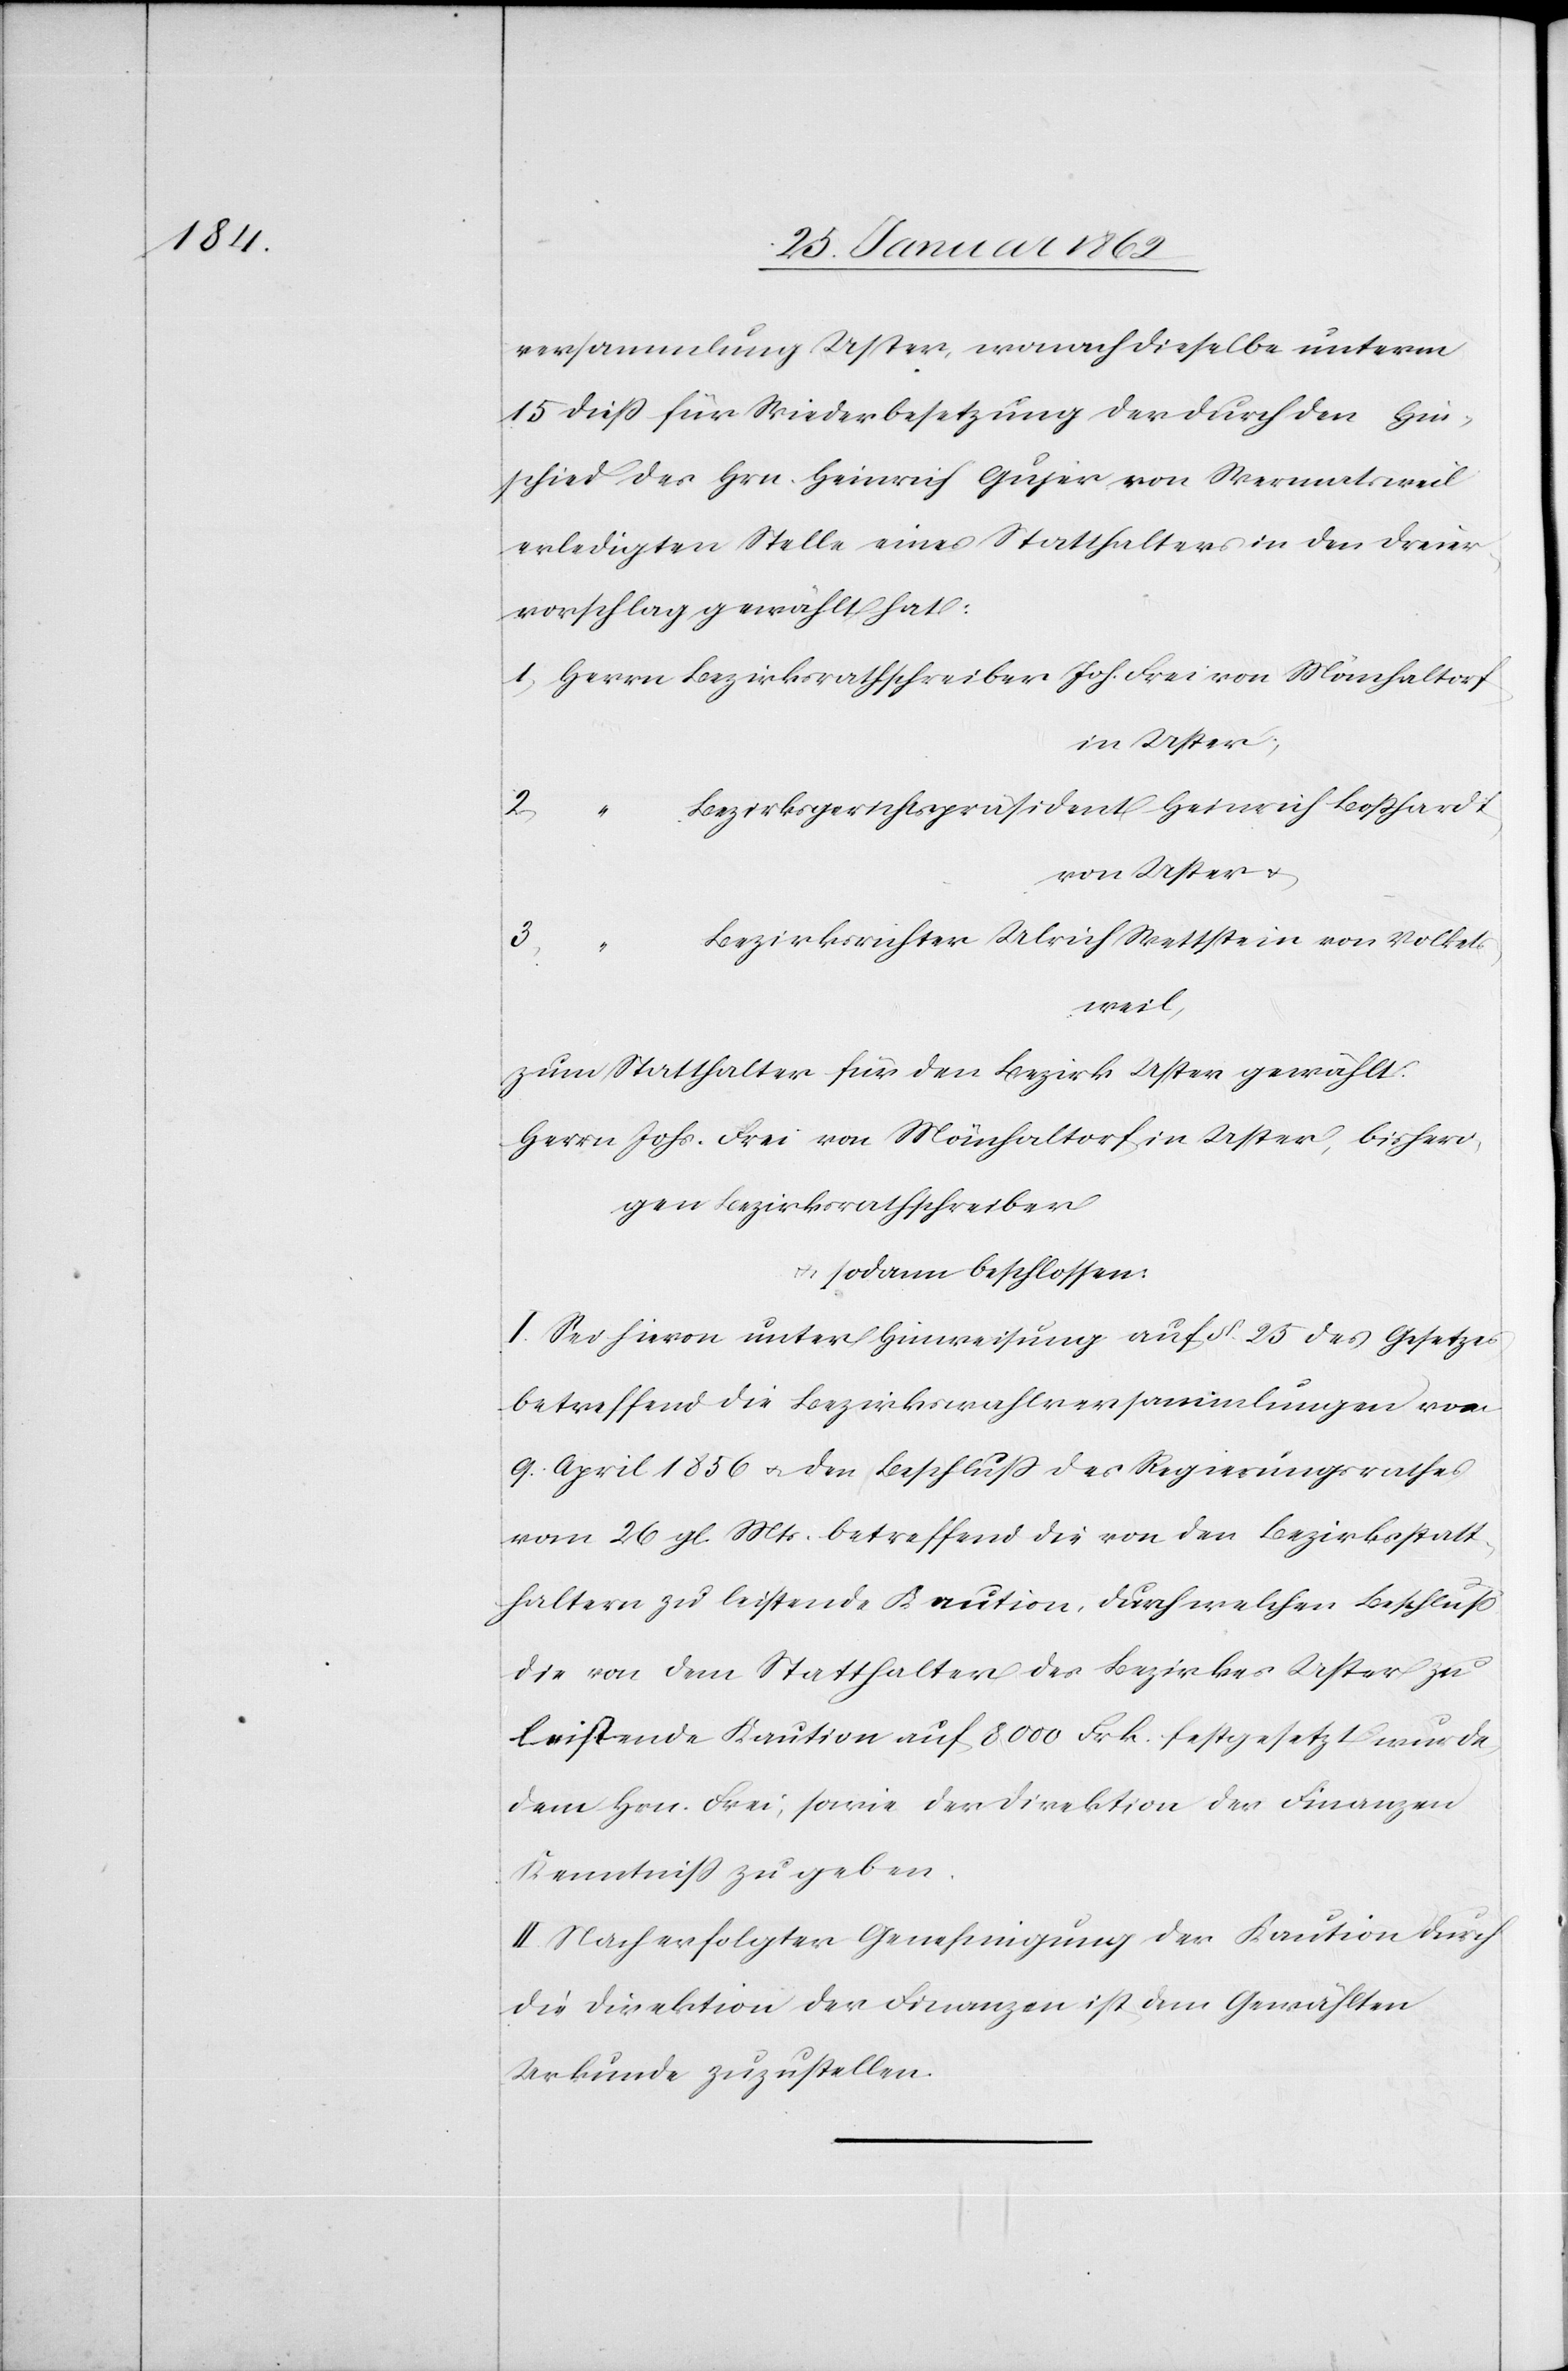
versammlung Uster, wonach dieselbe unterm
15 dieß für Wiederbesetzung der durch den Hin¬
schied des Hrn. Heinrich Gujer von Wermatsweil
erledigten Stelle eines Statthalters in den Dreier¬
vorschlag gewählt hat:
1) Herrn Bezirksrathschreiber Joh. Frei von Mönchaltorf
in Uster;
Bezirksgerichtspräsident Heinrich Boßhardt
von Uster u.
Bezirksrichter Ulrich Wettstein von Volket¬
sweil,
zum Statthalter für den Bezirk Uster gewählt:
Herrn Johs. Frei von Mönchaltorf in Uster, bisheri¬
gen Bezirksrathschreiber
u. sodann beschlossen:
I. Sei hievon unter Hinweisung auf §. 25 des Gesetzes
betreffend die Bezirkswahlversammlungen vom
9. April 1856 u. den Beschluß des Regierungsrathes
vom 26 gl. Mts. betreffend die von den Bezirksstatt¬
haltern zu leistende Kaution, durch welchen Beschluß
die von dem Statthalter des Bezirkes Uster zu
leistende Kaution auf 8000 Frk. festgesetzt wurde,
dem Hrn. Frei, sowie der Direktion der Finanzen
Kenntniß zu geben.
II. Nach erfolgter Genehmigung der Kaution durch
die Direktion der Finanzen ist dem Gewählten
Urkunde zuzustellen.